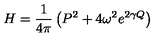
H = \frac { 1 } { 4 \pi } \left( P ^ { 2 } + 4 \omega ^ { 2 } e ^ { 2 \gamma Q } \right)